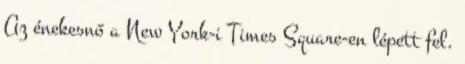
Az énekesnő a New York-i Times Square-en lépett fel.